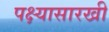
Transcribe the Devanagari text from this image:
पक्ष्यासारखी